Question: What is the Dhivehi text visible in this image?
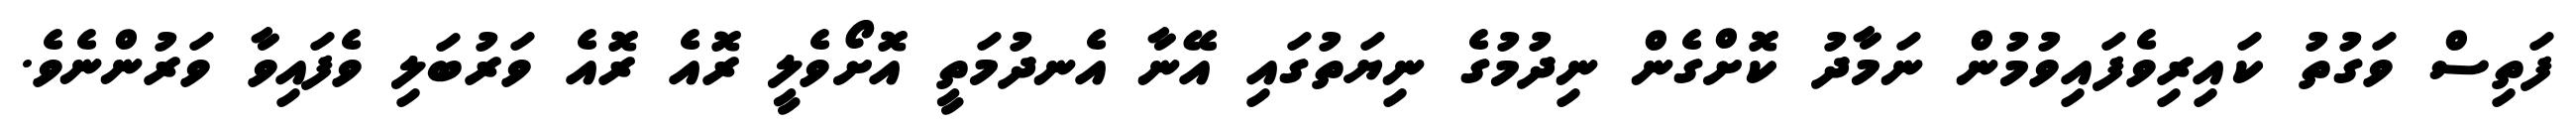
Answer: ފަތިސް ވަގުތު ކައިރިވެފައިވުމުން ނަމާދު ކޮށްގެން ނިދުމުގެ ނިޔަތުގައި އޭނާ އެނދުމަތީ އޮށޯވެލީ ރޮއެ ރޮއެ ވަރުބަލި ވެފައިވާ ވަރުންނެވެ.